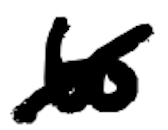
Text: to
Cross-out: diagonal
Writing tool: digital_black